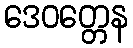
ဒေဝတ္တေန